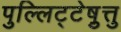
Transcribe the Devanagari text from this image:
पुल्लिट्टेष़ुत्तु